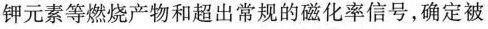
钾元素等燃烧产物和超出常规的磁化率信号，确定被